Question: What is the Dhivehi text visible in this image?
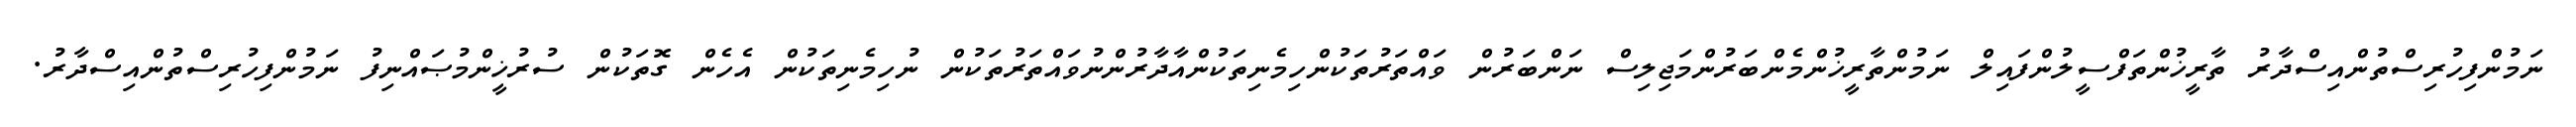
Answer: ނަމުންފިހުރިސްތުންއިސްދާރު ތާރީޚުންތަފްސީލުންފައިލް ނަމުންތާރީޚުންމެންބަރުންމަޖިލިސް ނަންބަރުން ވައްތަރުތަކުންހިމެނިތަކުންއާދާރުންނުވައްތަރުތަކުން ނުހިމެނިތަކުން އެހެން ގޮތަކުން ސުރުޚީންމުޞައްނިފު ނަމުންފިހުރިސްތުންއިސްދާރު.